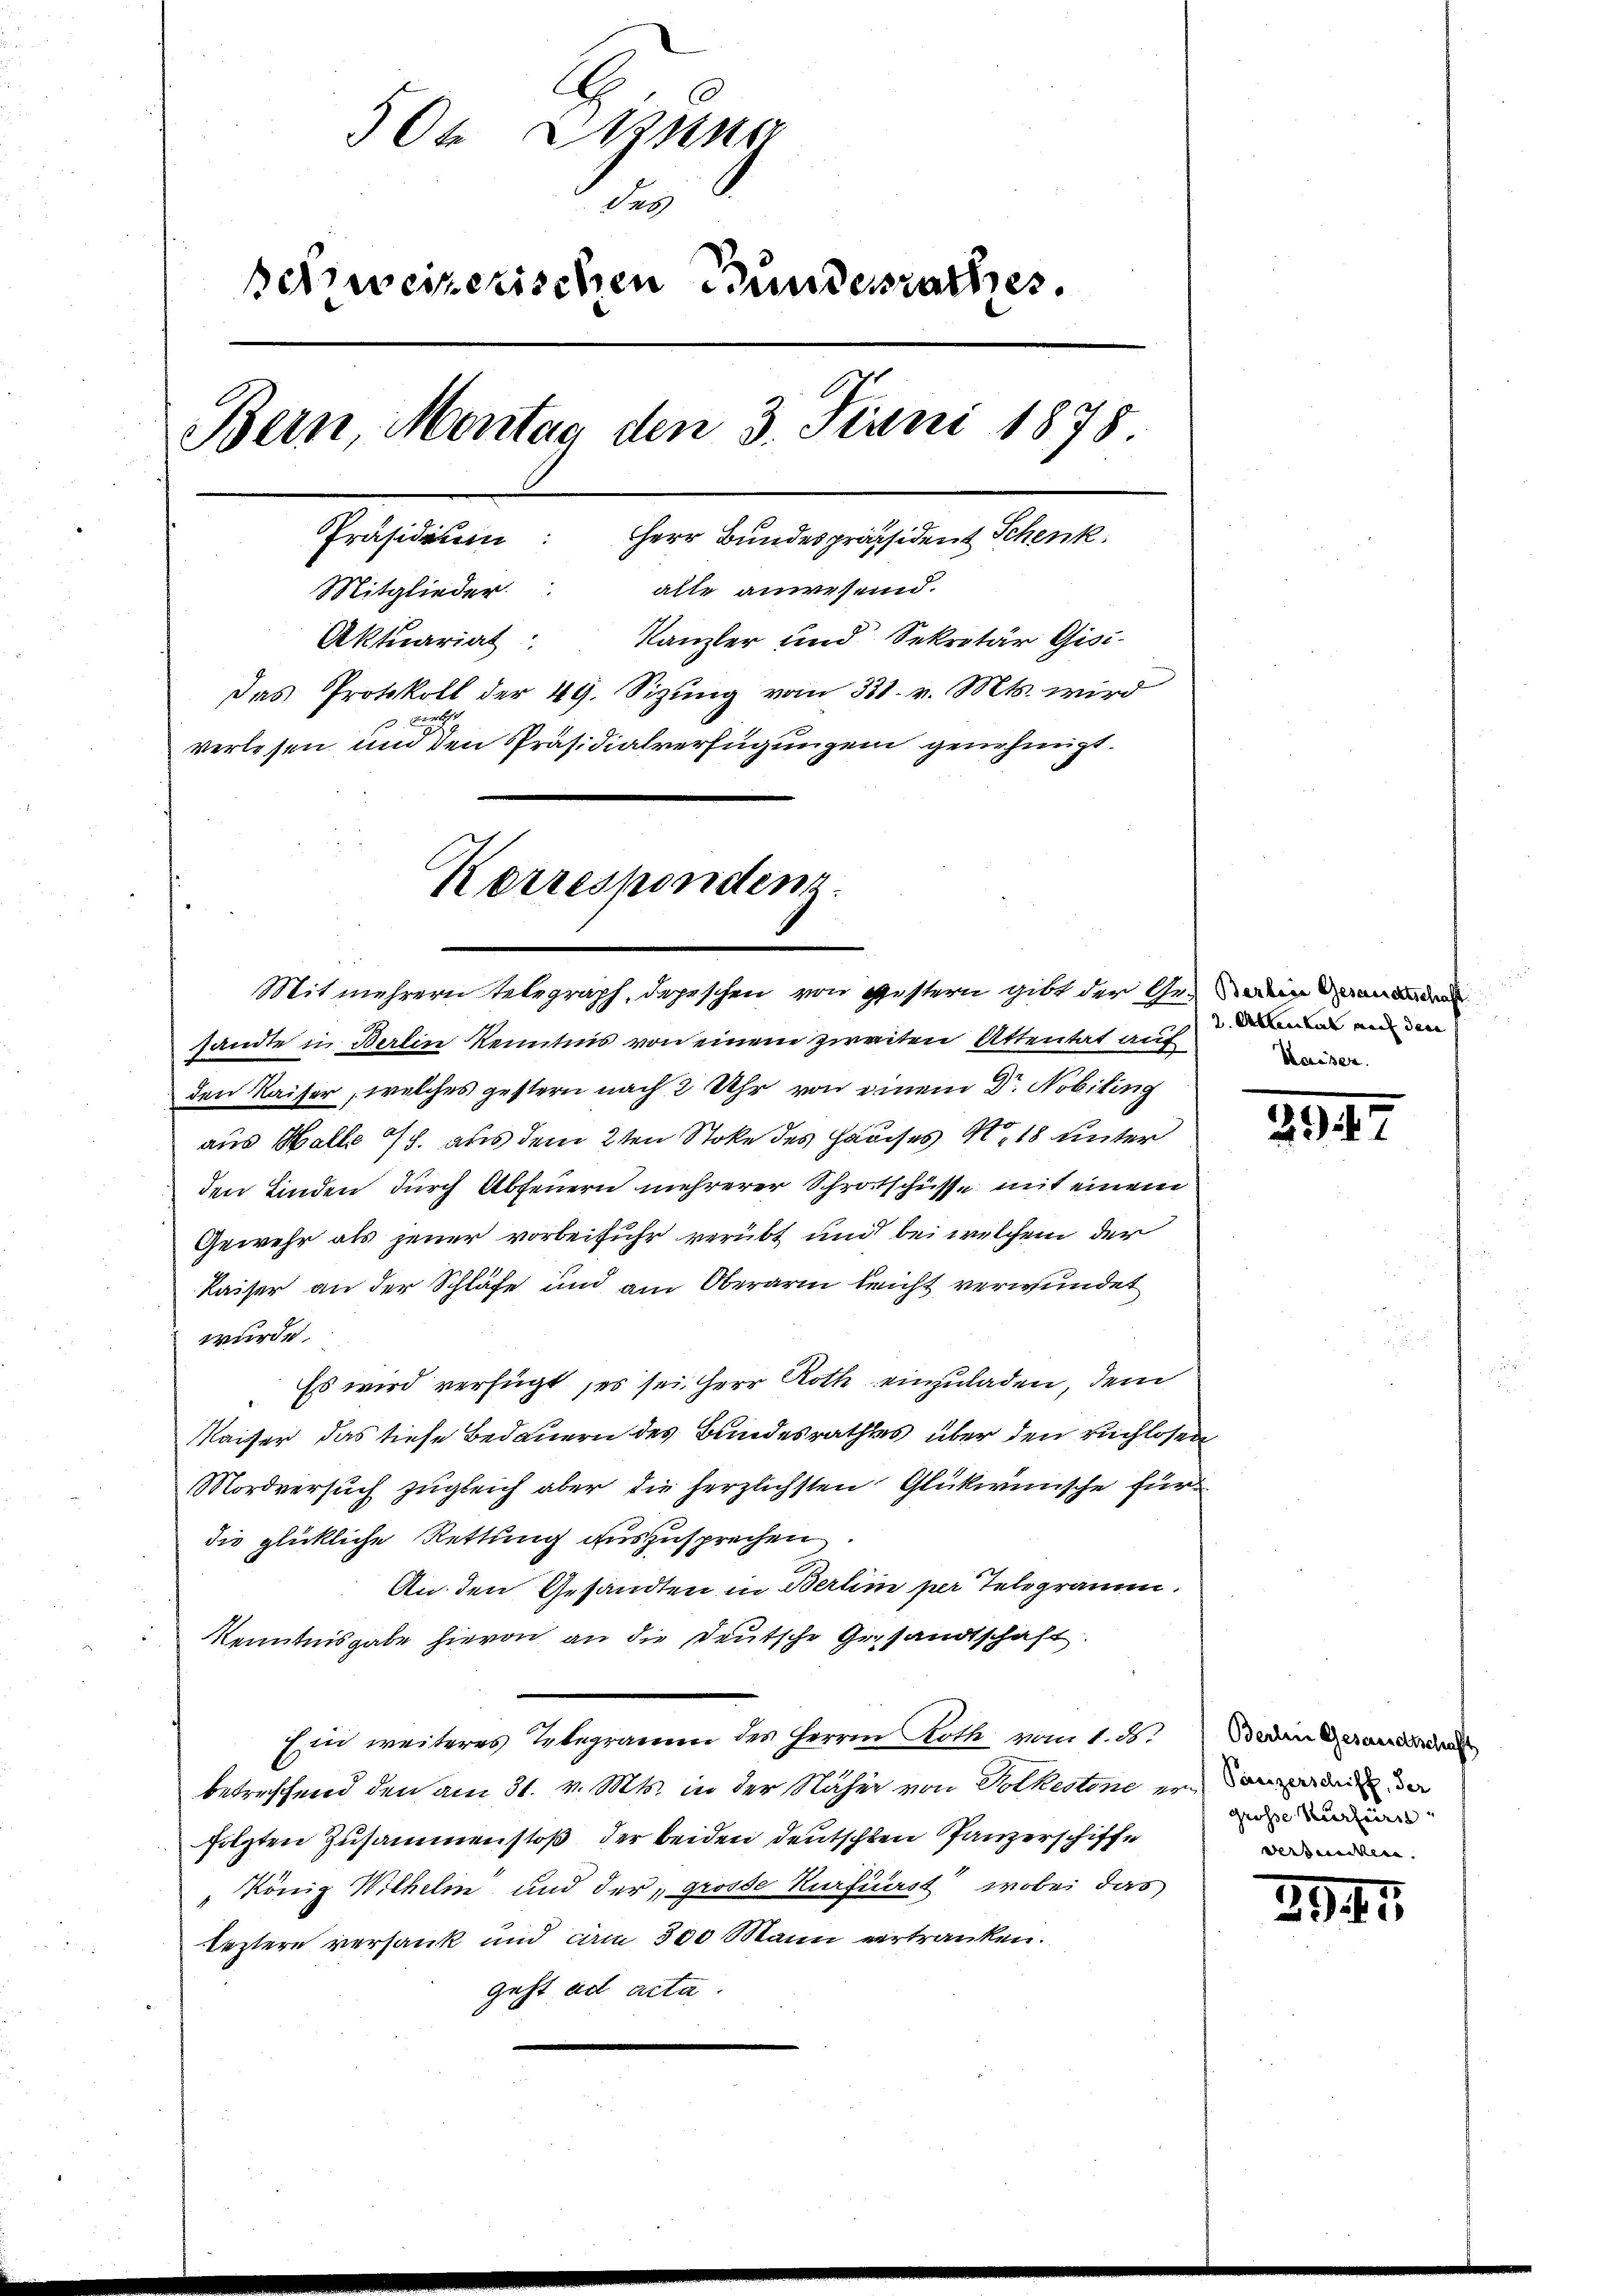
5te Stun
n
schweizerischen Bundesrathes.
Bern, Montag den 3. Juni 1878
Präsidium:
HHerr Bundespräsident Schenk
Mitglieder alle anwesend.
Kanzler und Sekretär Gisi¬
Aktuariat
Das Protokoll der 49. Sizŭng vom 31. v. Mts. wird
n
verlesen und den Präsidialverfügungen genehmigt.

Korresponden
Mit mehrern telegraph, depischen von gestern gibt der Gemeinde

sandte in Berlin Kenntnis von einem zweiten Attentat auf
den Kaiser, welches gestern nach 2 Uhr von einem Dr. Nobiling
aus Halle 4. aus dem 2ten Stoke des Hauses N. 18 unter
den finden durch Abfeuern mehrerer Schrotschüsse mit einem
Gewehr als jener vorbeiführ verübt und bei welchem der
Kaiser an der Schläfe und am Oberarm bricht verwundet
wurde.
Es wird verfügt, es sei Herr Roth einzuladen, dem
Kaiser das tiefe Bedauern des Bundesrathes über den ruchlosen
Mordversuch zugleich aber die herzlichsten Glükwünsche für
die glückliche Rettung auszusprechen
An den Gesandten in Berlin per Telegramm.
Kenntnisgabe hievon an die Deutsche Gesandtschaft
Ein weiteres Telegramm des Herrn Roth vom 1. ds. Baden Gerandidat
betreffend den am 31. v. Mts. in der Näher von Volkestone ernann
folgten Zusammenstoß der beiden deutschten Ganzerschiffe
„König Wilhelm und der, grosse Kurfürst, wobei das
leztere versank und am 300 Mann vertranken.
geht ad acta

2. Abteilich auch den
Kaiser.

2947

grosse Kurfürs
verdanken.

3947.